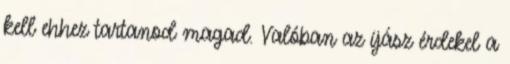
kell ehhez tartanod magad. Valóban az íjász érdekel a